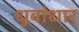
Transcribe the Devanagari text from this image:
धुवांधार